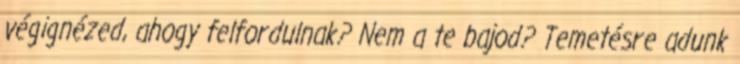
végignézed, ahogy felfordulnak? Nem a te bajod? Temetésre adunk